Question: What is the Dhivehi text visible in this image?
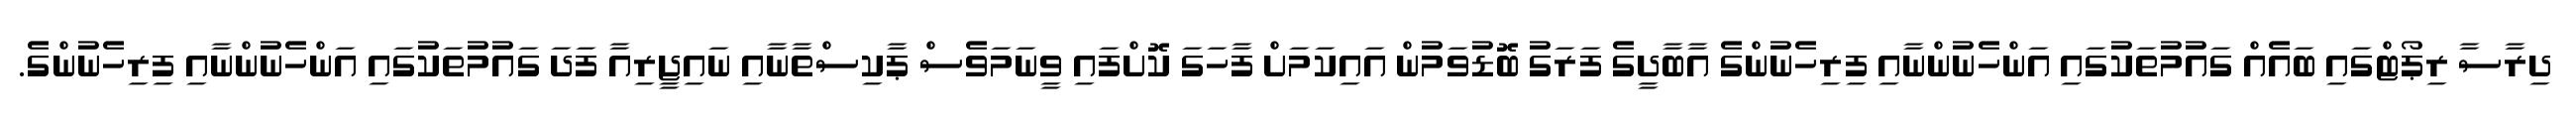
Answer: ދިރާސާ ރިޕޯޓްގައި ބައެއް ގައުމުތަކުގައި އަންހެނުންނާއި ފިރިހެނުންގެ އާބާދީގެ ފަރަގު ބޮޑުވަމުން އައިކަމަށް ފާހަގަ ކޮށްފައި ވީނަމަވެސް ޕާކިސްތާނާއި ނައިޖީރިއާ ފަދަ ގައުމުތަކުގައި އަންހެނުންނާއި ފިރިހެނުންގެ.